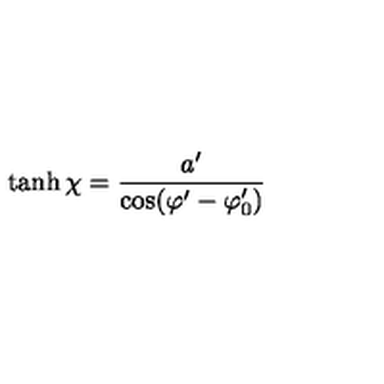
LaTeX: \tanh \chi = \frac { a ^ { \prime } } { \cos ( \varphi ^ { \prime } - \varphi _ { 0 } ^ { \prime } ) }